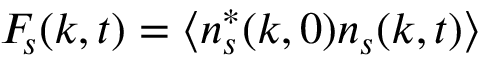
\ensuremath { F _ { \! s } } ( k , t ) = \smash { \bigl \langle n _ { s } ^ { * } ( k , 0 ) n _ { s } ( k , t ) \bigr \rangle }